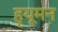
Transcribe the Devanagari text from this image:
हृयूमन